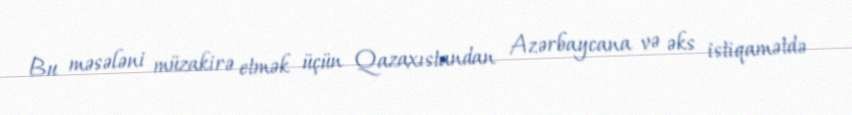
Bu məsələni müzakirə etmək üçün Qazaxıstandan Azərbaycana və əks istiqamətdə